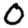
Digit: 0